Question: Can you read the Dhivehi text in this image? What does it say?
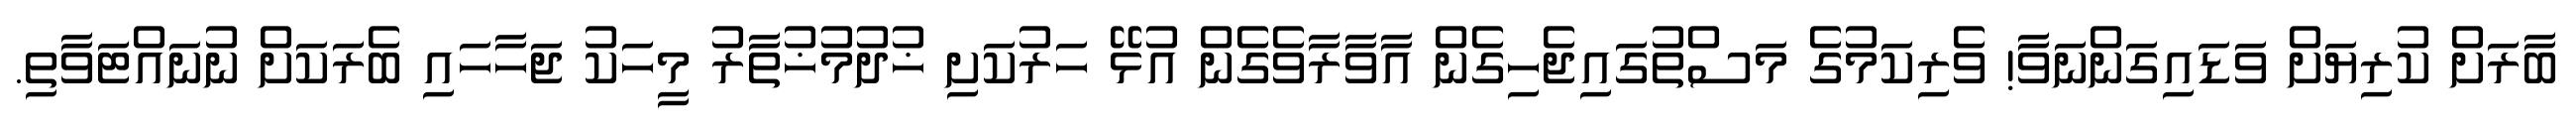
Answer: ބާރަށް ކުރިޔަށް ވަޑައިގަންނަވާ! ވެރިކަމުގެ މަސްތުގައިޖެހިގެން އާވާރާވެގެން އުޅޭ ހަރުކަށި ޚުދުމުޚުތާރު މީހަކު ޖަހާހައި ބެރަކަށް ނުނައްޓަވާތި.